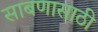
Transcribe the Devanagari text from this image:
साबणासाठी